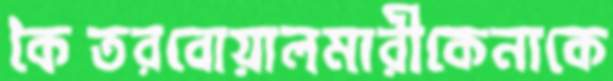
কৈতরবোয়ালমারীকেনাকে